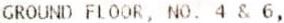
GROUND FLOOR, NO. 4 & 6,